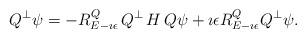
LaTeX: \begin{align*}Q^\perp\psi= - R^Q_{E-\imath \epsilon}\, Q^\perp\,H\, Q\psi+ \imath \epsilon R^Q_{E-\imath \epsilon}Q^\perp \psi.\end{align*}